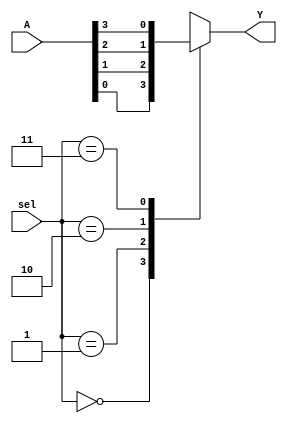
// 4:1 MUX using Case Statement
// Created by Nitheesh Kumar - Aug 01 2020

module Mux_4x1_beh (
	input [3:0] A,
	input [1:0] sel,
	output reg Y);

always @(sel or A) begin
case (sel)
2'b00 : Y<= A[0];
2'b01 : Y<= A[1];
2'b10 : Y<= A[2];
2'b11 : Y<= A[3];
default : Y<= 1'b0;
endcase
end

endmodule